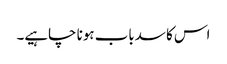
اس کا سدباب ہونا چاہیے۔